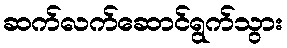
ဆက်လက်ဆောင်ရွက်သွား